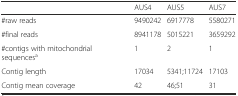
<table><thead><tr><td></td><td><b>AUS4</b></td><td><b>AUS5</b></td><td><b>AUS7</b></td></tr></thead><tbody><tr><td>#raw reads</td><td>9490242</td><td>6917778</td><td>5580271</td></tr><tr><td>#final reads</td><td>8941178</td><td>5015221</td><td>3659292</td></tr><tr><td>#contigs with mitochondrial sequences<sup>a</sup></td><td>1</td><td>2</td><td>1</td></tr><tr><td>Contig length</td><td>17034</td><td>5341;11724</td><td>17103</td></tr><tr><td>Contig mean coverage</td><td>42</td><td>46;51</td><td>31</td></tr></tbody></table>